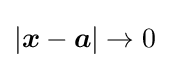
|{\boldsymbol {x}}-{\boldsymbol {a}}|\to 0